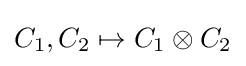
C_{1},C_{2}\mapsto C_{1}\otimes C_{2}